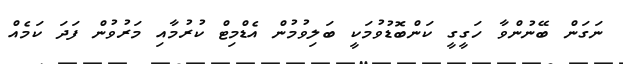
ނަގަން ބޭނުންވާ ހަގީގީ ކަންބޮޑުވުމަކީ ބަލިވުމުން އެޑްމިޓް ކުރުމާއި މަރުވުން ފަދަ ކަމެއް